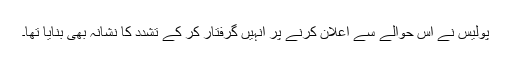
پولیس نے اس حوالے سے اعلان کرنے پر انہیں گرفتار کر کے تشدد کا نشانہ بھی بنایا تھا۔